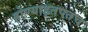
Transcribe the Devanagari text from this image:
होण्याइतपतच